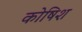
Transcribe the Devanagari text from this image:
कोषिश